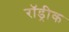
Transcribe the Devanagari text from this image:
रॉड्रीक